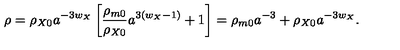
\rho = \rho _ { X 0 } a ^ { - 3 w _ { X } } \left[ \frac { \rho _ { m 0 } } { \rho _ { X 0 } } a ^ { 3 ( w _ { X } - 1 ) } + 1 \right] = \rho _ { m 0 } a ^ { - 3 } + \rho _ { X 0 } a ^ { - 3 w _ { X } } .